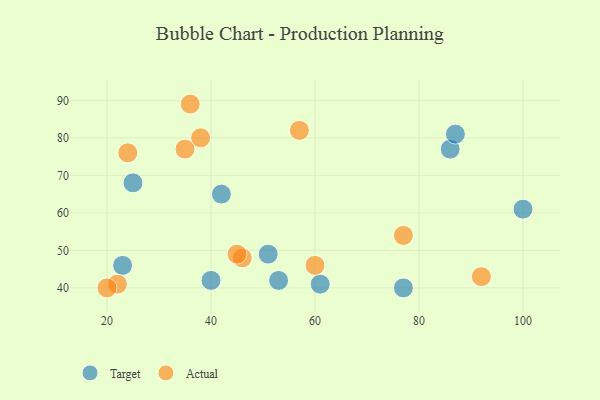
{"axis": {"x": "GDP", "y": "Life Expectancy"}, "legend": ["Actual", "Target"], "data": [{"x": "51", "y": 49, "type": "Target"}, {"x": "100", "y": 61, "type": "Target"}, {"x": "86", "y": 77, "type": "Target"}, {"x": "87", "y": 81, "type": "Target"}, {"x": "40", "y": 42, "type": "Target"}, {"x": "25", "y": 68, "type": "Target"}, {"x": "53", "y": 42, "type": "Target"}, {"x": "42", "y": 65, "type": "Target"}, {"x": "77", "y": 40, "type": "Target"}, {"x": "61", "y": 41, "type": "Target"}, {"x": "23", "y": 46, "type": "Target"}, {"x": "38", "y": 80, "type": "Actual"}, {"x": "92", "y": 43, "type": "Actual"}, {"x": "60", "y": 46, "type": "Actual"}, {"x": "57", "y": 82, "type": "Actual"}, {"x": "22", "y": 41, "type": "Actual"}, {"x": "35", "y": 77, "type": "Actual"}, {"x": "46", "y": 48, "type": "Actual"}, {"x": "24", "y": 76, "type": "Actual"}, {"x": "45", "y": 49, "type": "Actual"}, {"x": "20", "y": 40, "type": "Actual"}, {"x": "77", "y": 54, "type": "Actual"}, {"x": "36", "y": 89, "type": "Actual"}]}